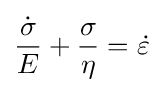
{\frac {\dot {\sigma }}{E}}+{\frac {\sigma }{\eta }}={\dot {\varepsilon }}